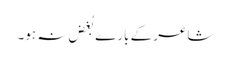
شاعر کے بارے بُغض نہ ہو۔